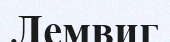
Лемвиг